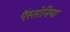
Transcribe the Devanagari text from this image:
ऍस्तोनिया